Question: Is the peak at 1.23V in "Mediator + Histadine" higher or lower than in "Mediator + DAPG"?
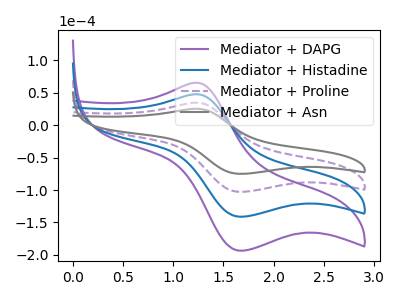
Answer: <think>The purple curve "Mediator + DAPG" has an anodic peak at (1.25V, 104.60uA) and a cathodic peak at (1.70V, -308.80uA). The blue curve "Mediator + Histadine" has an anodic peak at (1.25V, 69.70uA) and a cathodic peak at (1.70V, -205.85uA). The purple dashed curve "Mediator + Proline" has an anodic peak at (1.25V, 34.85uA) and a cathodic peak at (1.70V, -102.95uA). The gray curve "Mediator + Asn" has an anodic peak at (1.25V, 25.40uA) and a cathodic peak at (1.70V, -75.05uA).</think>
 <answer>The peak at 1.23V is lower in "Mediator + Histadine" than in "Mediator + DAPG".</answer>
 <eval>lower</eval>